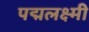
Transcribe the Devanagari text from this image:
पद्मलक्ष्मी